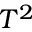
T ^ { 2 }